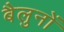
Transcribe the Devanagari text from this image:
बैलुनों